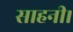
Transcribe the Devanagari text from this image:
साहनी।